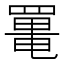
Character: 𦋸